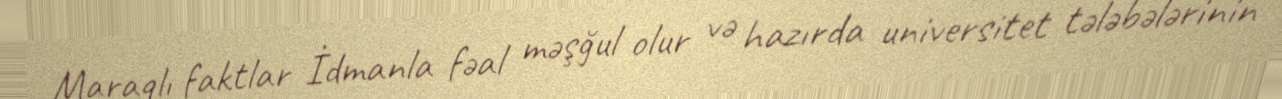
Maraqlı faktlar İdmanla fəal məşğul olur və hazırda universitet tələbələrinin